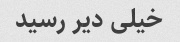
خیلی دیر رسید